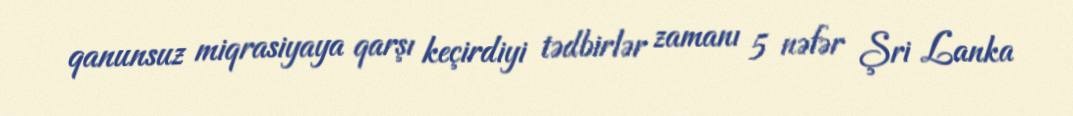
qanunsuz miqrasiyaya qarşı keçirdiyi tədbirlər zamanı 5 nəfər Şri Lanka